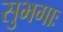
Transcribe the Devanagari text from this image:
सुभगाः